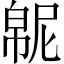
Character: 𫷍